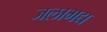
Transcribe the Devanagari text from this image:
जलाभद्य